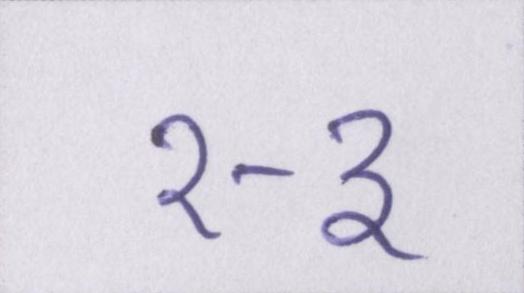
२-३